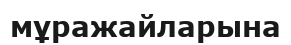
мұражайларына